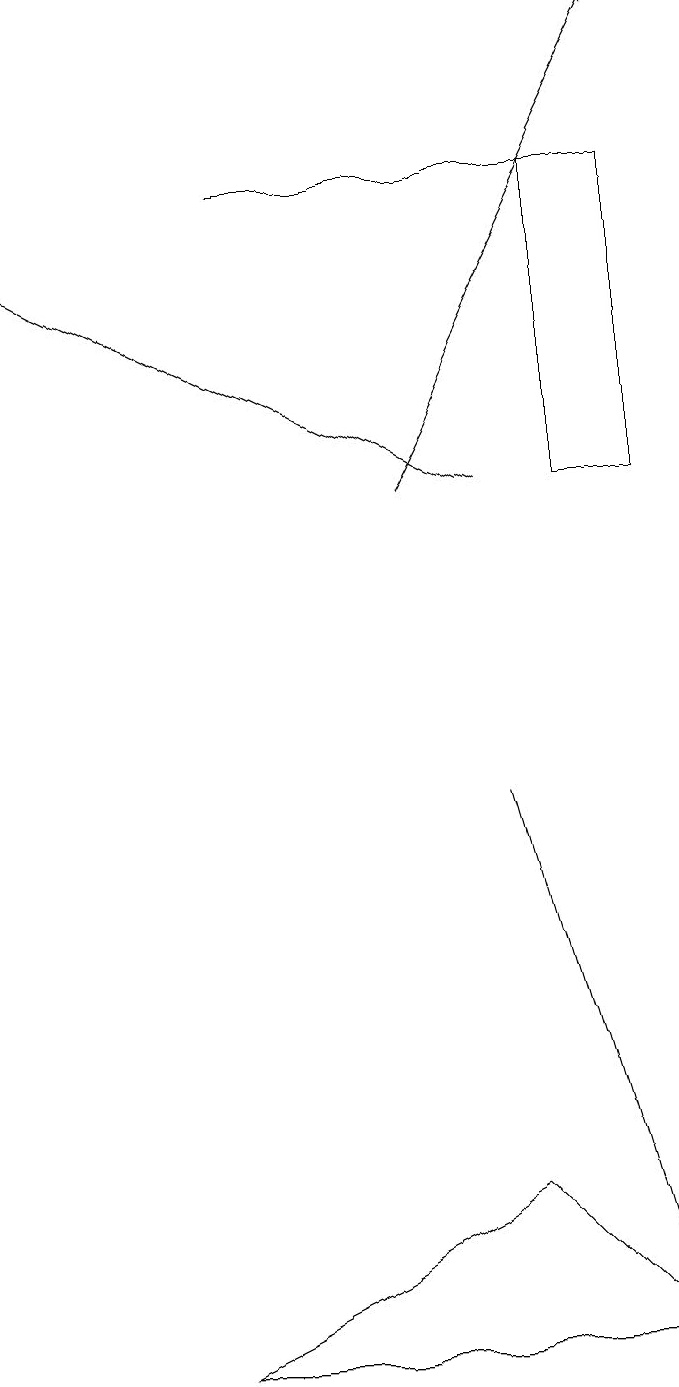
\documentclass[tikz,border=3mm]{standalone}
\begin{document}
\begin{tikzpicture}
\draw (7,15) rectangle (8,11);
\draw (2,0) -- (8,0) -- (6,2) -- cycle;
\draw[->] (5,11) -- (8,17);
\draw (6,7) -- (8,0) -- (6,7) -- cycle;
\draw (3,15) rectangle (8,15);
\draw[->] (6,11) -- (0,14);
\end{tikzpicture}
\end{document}